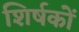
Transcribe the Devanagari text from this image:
शिर्षकों